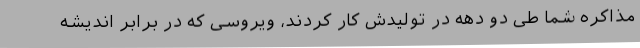
مذاکره شما طی دو دهه در تولیدش کار کردند، ویروسی که در برابر اندیشه